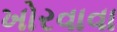
ખોરવાવા